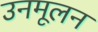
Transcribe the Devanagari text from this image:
उनमूलन